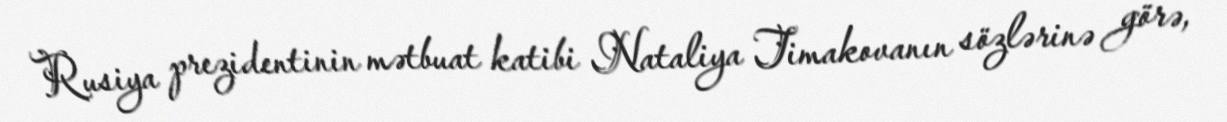
Rusiya prezidentinin mətbuat katibi Nataliya Timakovanın sözlərinə görə,